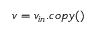
v = v _ { i n } . c o p y ( )